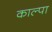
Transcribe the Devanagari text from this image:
काल्पा